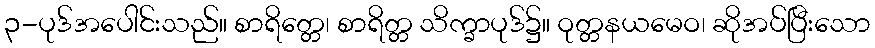
၃-ပုဒ်အပေါင်းသည်။ စာရိတ္တေ၊ စာရိတ္တ သိက္ခာပုဒ်၌။ ဝုတ္တနယမေဝ၊ ဆိုအပ်ပြီးသော